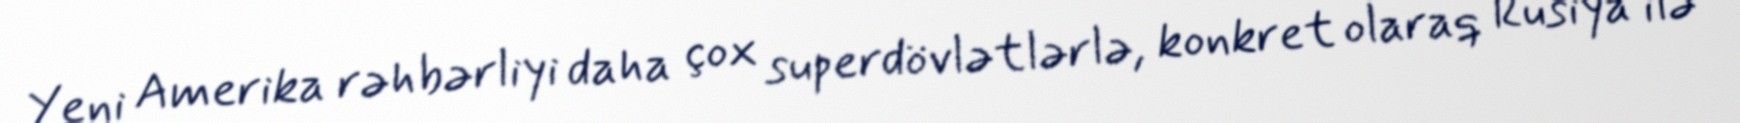
Yeni Amerika rəhbərliyi daha çox superdövlətlərlə, konkret olaraq Rusiya ilə